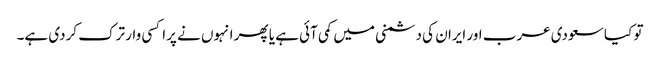
تو کیا سعودی عرب اور ایران کی دشمنی میں کمی آئی ہے یا پھر انہوں نے پراکسی وار ترک کردی ہے۔